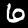
Digit: 6